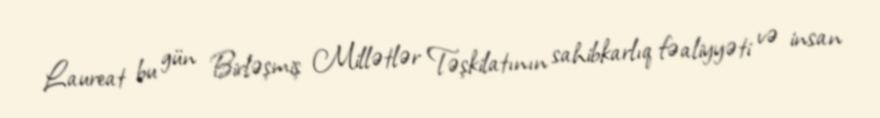
Laureat bu gün Birləşmiş Millətlər Təşkilatının sahibkarlıq fəaliyyəti və insan